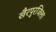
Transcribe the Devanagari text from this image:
खैरपुरजिला